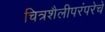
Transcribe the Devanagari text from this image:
चित्रशैलीपरंपरेचे